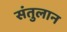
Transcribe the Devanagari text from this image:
संतुलान